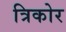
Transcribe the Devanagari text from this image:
त्रिकोर